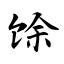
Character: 馀